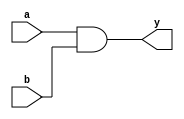
module andgateg ( a ,b ,y );

input a ;
wire a ;
input b ;
wire b ;
output y ;
wire y ;

assign y = a & b;


endmodule